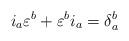
LaTeX: \begin{align*}i_{a}\varepsilon^{b} + \varepsilon^{b}i_{a} = \delta_{a}^{b}\end{align*}